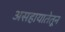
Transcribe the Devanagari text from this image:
असहायातेतून